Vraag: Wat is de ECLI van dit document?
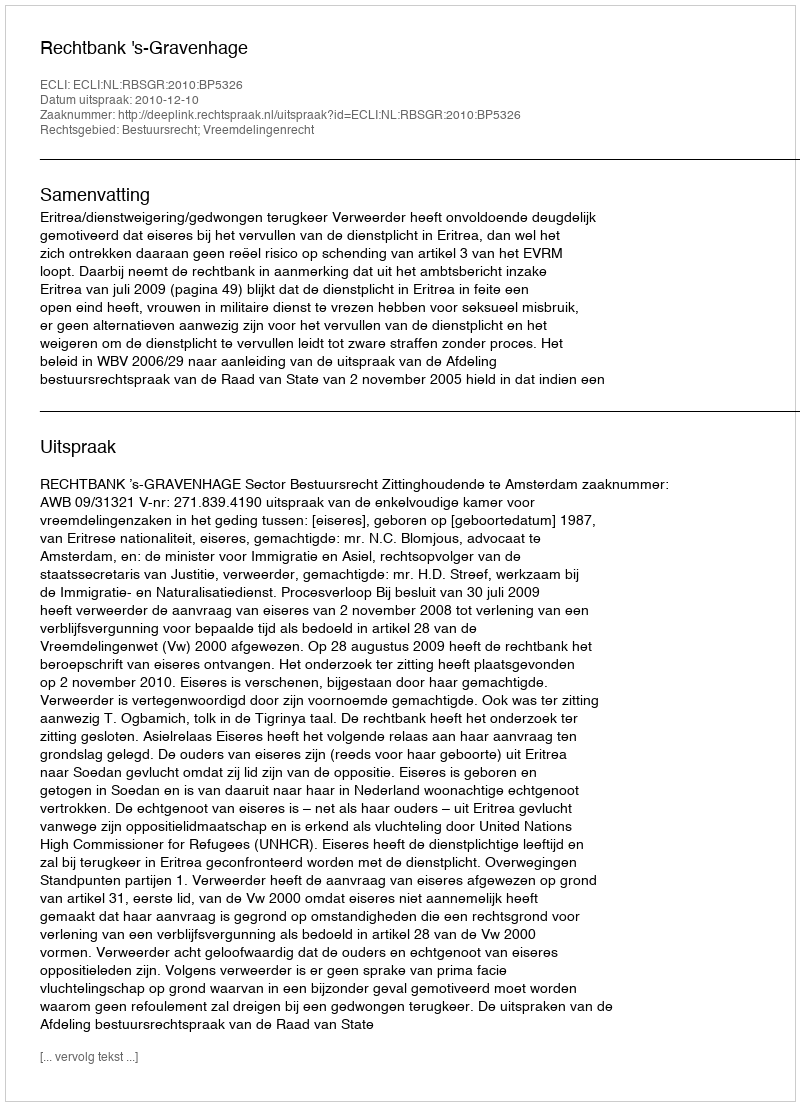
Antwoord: ECLI:NL:RBSGR:2010:BP5326